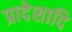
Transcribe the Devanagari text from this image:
प्रादेशादि